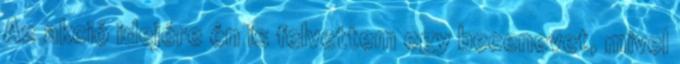
Az akció idejére én is felvettem egy becenevet, mivel